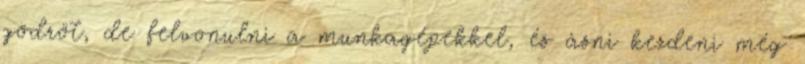
gödröt, de felvonulni a munkagépekkel, és ásni kezdeni még